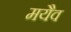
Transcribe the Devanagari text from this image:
मयैव